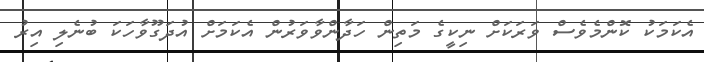
އެކަމަކު ކޮންމެވެސް ވަރަކަށް ނިކީގެ މަތިން ހަދާންވާވަރުން އެކަމަށް އުދަގޫވާހަކަ ބުނެލި އިރު